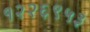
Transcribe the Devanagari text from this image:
१२२६९५३